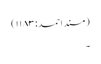
(مسند احمد:۱۱۸۳)
۔